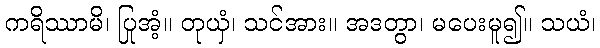
ကရိဿာမိ၊ ပြုအံ့။ တုယှံ၊ သင်အား။ အဒတွာ၊ မပေးမူ၍။ သယံ၊